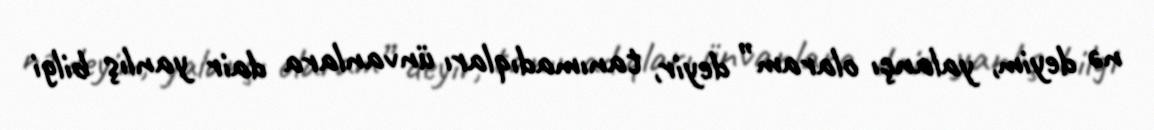
nə deyim, yalançı olaram” deyir, tanımadıqları ünvanlara dair yanlış bilgi